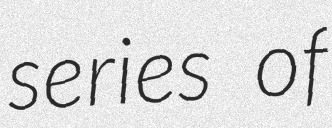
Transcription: series of